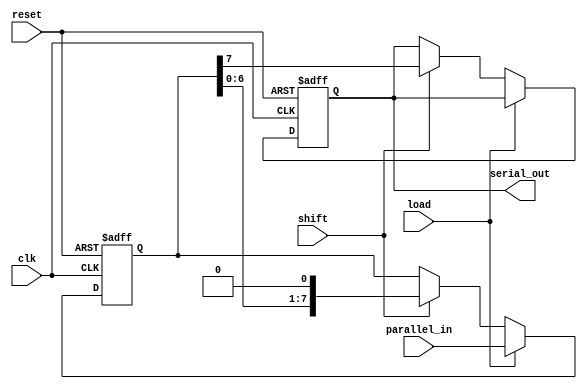
module TwoStagePISO #(
    parameter WIDTH = 8  // Parameterized width of the register
)(
    input wire clk,        // Clock signal
    input wire reset,      // Reset signal
    input wire load,       // Load signal
    input wire shift,      // Shift signal
    input wire [WIDTH-1:0] parallel_in, // Parallel input data
    output reg serial_out   // Serial output data
);

    // Stage 1: Input Register
    reg [WIDTH-1:0] input_reg; // Register to hold parallel input data
    // Stage 2: Shift Register
    reg [WIDTH-1:0] shift_reg; // Shift register for serial output

    // Sequential logic for loading and shifting
    always @(posedge clk or posedge reset) begin
        if (reset) begin
            input_reg <= 0;         // Clear input register
            shift_reg <= 0;         // Clear shift register
            serial_out <= 0;        // Clear serial output
        end else begin
            if (load) begin
                input_reg <= parallel_in; // Load data into input register
                shift_reg <= parallel_in;  // Initialize shift register with input data
            end else if (shift) begin
                // Shift data from input register to shift register
                shift_reg <= {shift_reg[WIDTH-2:0], 1'b0}; // Shift left
                serial_out <= shift_reg[WIDTH-1]; // Output the MSB of shift register
            end
        end
    end

endmodule